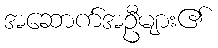
အဆောက်အဦများ၏